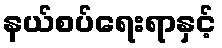
နယ်စပ်ရေးရာနှင့်